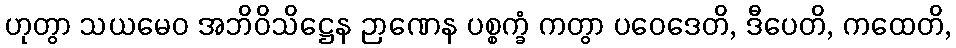
ဟုတွာ သယမေဝ အဘိဝိသိဋ္ဌေန ဉာဏေန ပစ္စက္ခံ ကတွာ ပဝေဒေတိ, ဒီပေတိ, ကထေတိ,